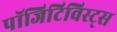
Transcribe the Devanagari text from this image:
पॉजिटिविस्ट्स